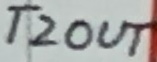
Text: T2OUT